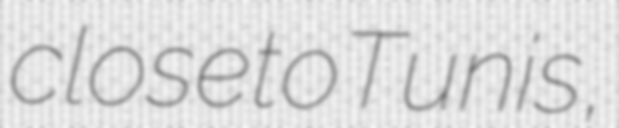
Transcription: close to Tunis,